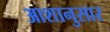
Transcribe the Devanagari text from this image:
आशानुसार